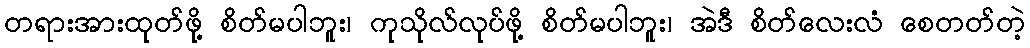
တရားအားထုတ်ဖို့ စိတ်မပါဘူး၊ ကုသိုလ်လုပ်ဖို့ စိတ်မပါဘူး၊ အဲဒီ စိတ်လေးလံ စေတတ်တဲ့